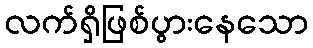
လက်ရှိဖြစ်ပွားနေသော